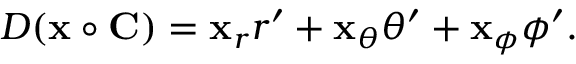
D ( \mathbf { x } \circ \mathbf { C } ) = \mathbf { x } _ { r } r ^ { \prime } + \mathbf { x } _ { \theta } \theta ^ { \prime } + \mathbf { x } _ { \phi } \phi ^ { \prime } .